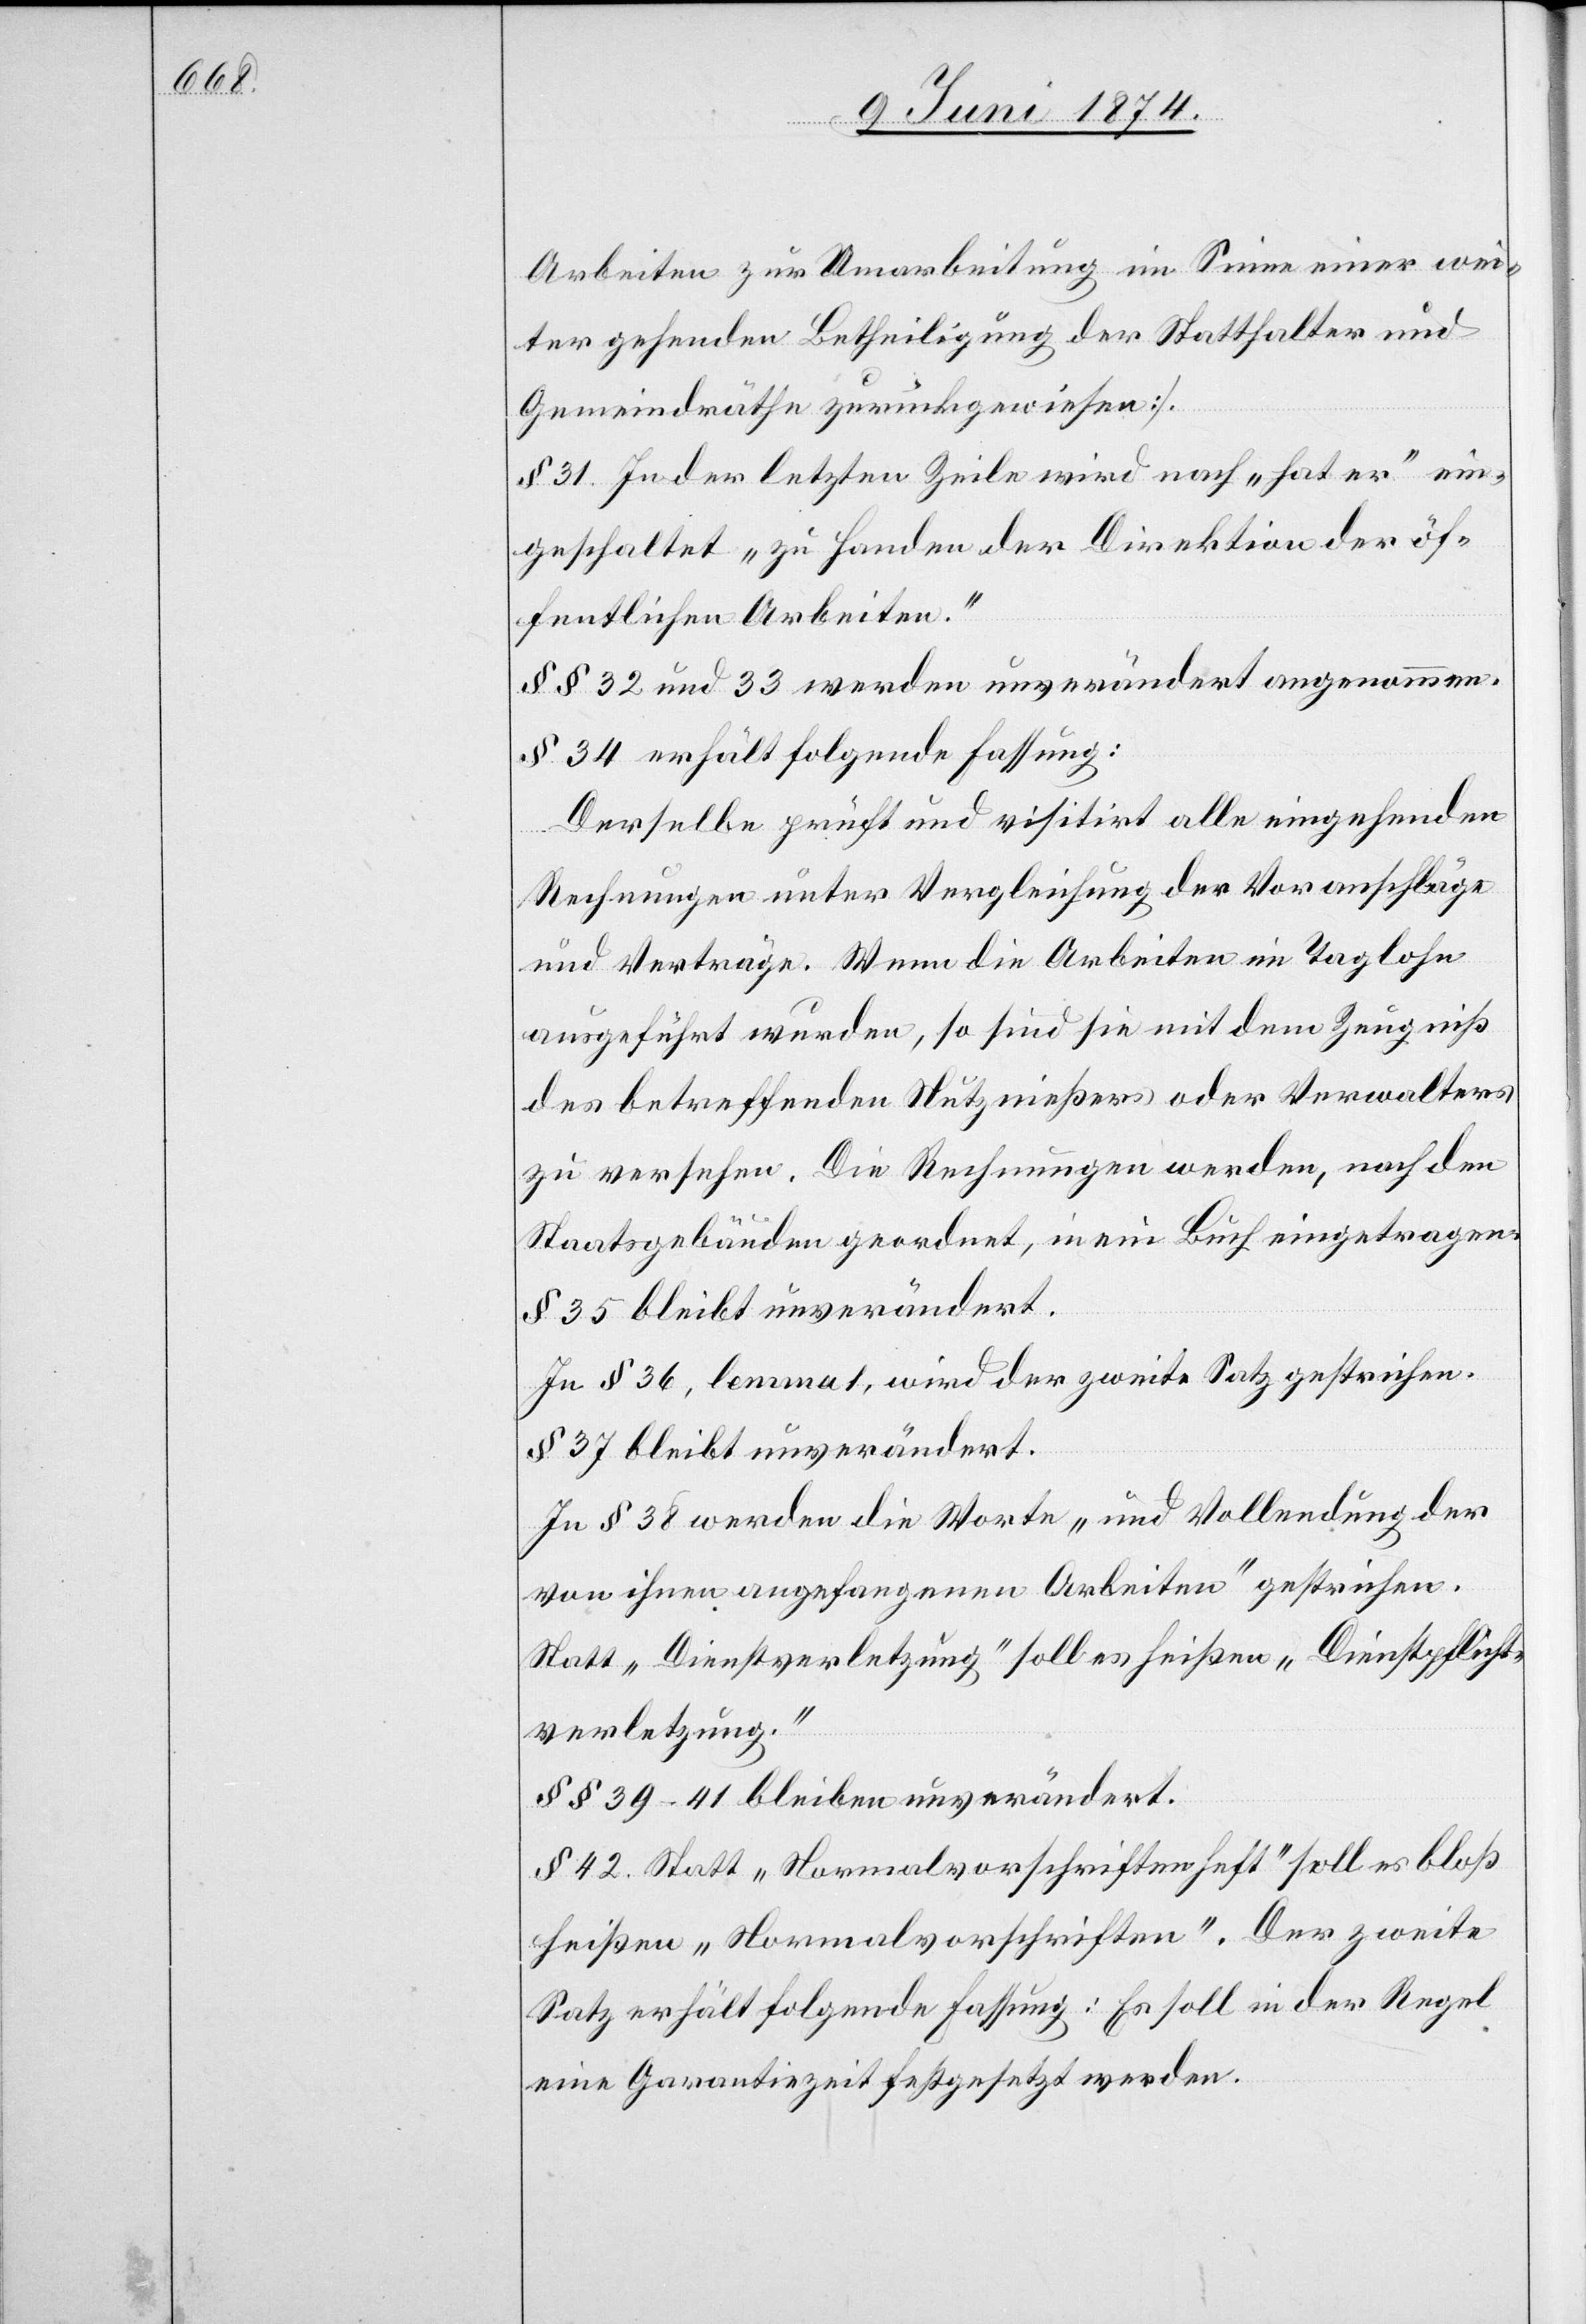
Arbeiten zur Umarbeitung im Sinne einer wei¬
ter gehenden Betheiligung der Statthalter und
Gemeindräthe zurückgewiesen.]
§ 31. In der letzten Zeile wird nach „hat er“ ein¬
geschaltet „zu Handen der Direktion der öf¬
fentlichen Arbeiten.“
§§ 32 und 33 werden unverändert angenommen.
§ 34 erhält folgende Fassung:
Derselbe prüft und visitirt alle eingehenden
Rechnungen unter Vergleichung der Voranschläge
und Verträge. Wenn die Arbeiten im Taglohn
ausgeführt wurden, so sind sie mit dem Zeugniß
des betreffenden Nutznießers oder Verwalters
zu versehen. Die Rechnungen werden, nach den
Staatsgebäuden geordnet, in ein Buch eingetragen.
§ 35 bleibt unverändert.
In § 36, lemma 1, wird der zweite Satz gestrichen.
§ 37 bleibt unverändert.
In § 38 werden die Worte „und Vollendung der
von ihnen angefangenen Arbeiten“ gestrichen.
Statt „Dienstverletzung“ soll es heißen „Dienstpflicht¬
verletzung.“
§ 39–41 bleiben unverändert.
§ 42. Statt „Normalvorschriftenheft“ soll es bloß
heißen „Normalvorschriften“. Der zweite
Satz erhält folgende Fassung: Es soll in der Regel
eine Garantiezeit festgesetzt werden.